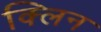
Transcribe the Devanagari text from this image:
क्‍लिन